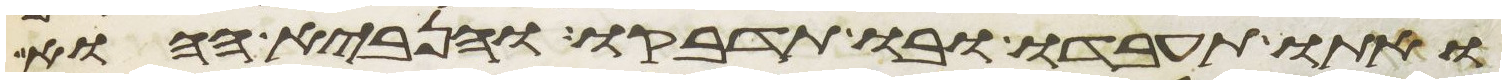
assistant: ואתו תעבדו ובו תדבקו והנביא ההוא